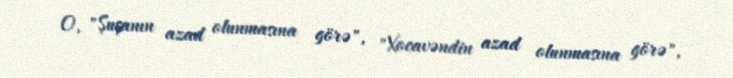
O, "Şuşanın azad olunmasına görə", "Xocavəndin azad olunmasına görə",